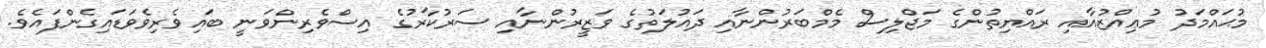
މުޙައްމަދު މުޢިއްޒުއާއި ރައްޔިތުންގެ މަޖްލިސް މެމްބަރުންނާއި ދައުލަތުގެ ވަޒީރުންނާއި ސަރުކާރުގެ އިސްވެރިންވަނީ ބައިވެރިވެވަޑައިގެންފައެވެ.